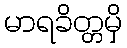
မာရခိတ္တမှိ